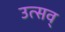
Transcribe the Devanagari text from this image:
उत्सव्